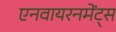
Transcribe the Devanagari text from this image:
एनवायरनमेंट्स